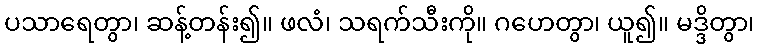
ပသာရေတွာ၊ ဆန့်တန်း၍။ ဖလံ၊ သရက်သီးကို။ ဂဟေတွာ၊ ယူ၍။ မဒ္ဒိတွာ၊